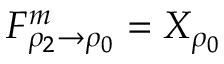
F _ { \rho _ { 2 } \to \rho _ { 0 } } ^ { m } = X _ { \rho _ { 0 } }